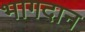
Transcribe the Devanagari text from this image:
भागदान